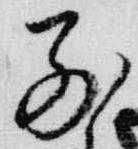
別